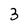
Character: 3